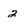
Character: 2